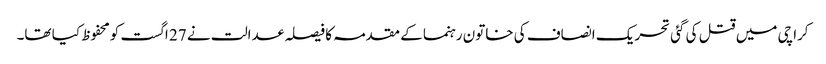
کراچی میں قتل کی گئی تحریک انصاف کی خاتون رہنما کے مقدمہ کا فیصلہ عدالت نے 27 اگست کومحفوظ کیا تھا۔